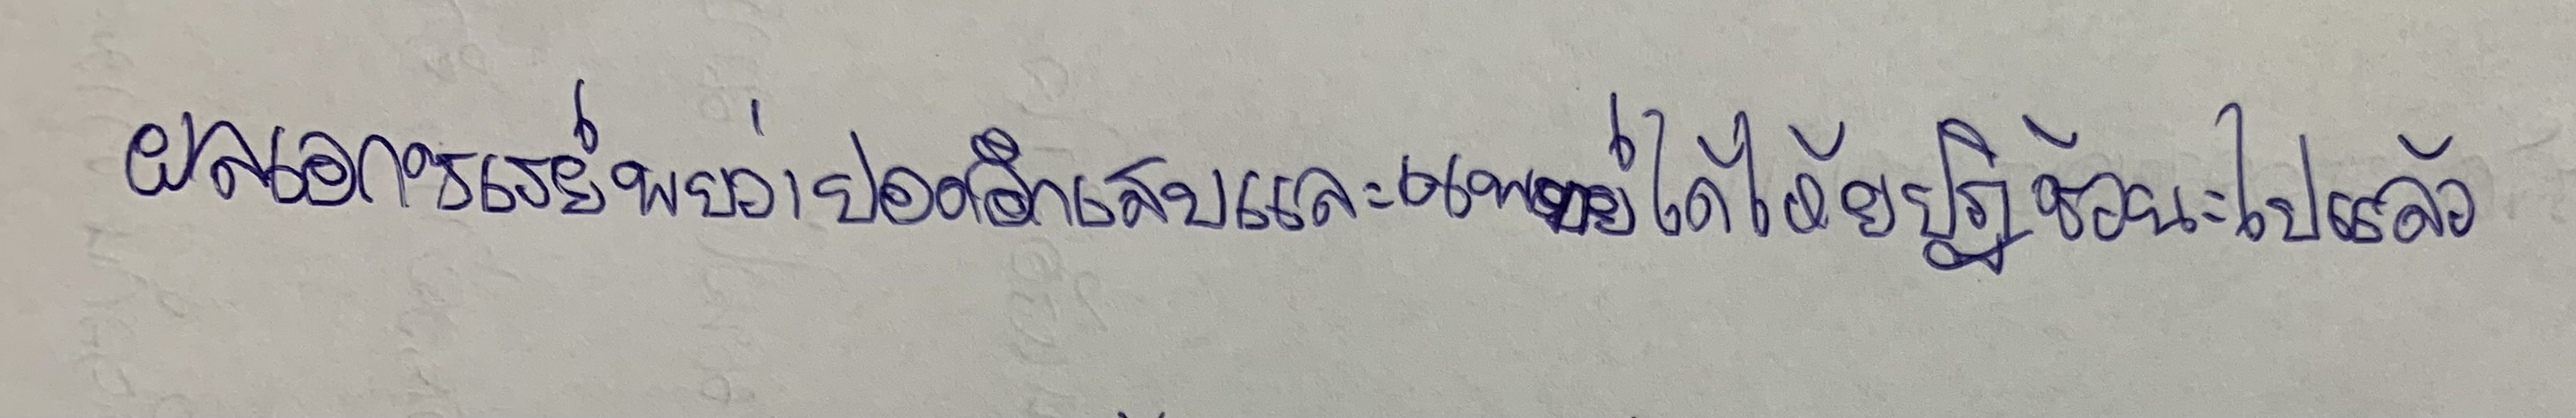
ผลเอกซเรย์พบว่าปอดอักเสบและแพทย์ได้ให้ยาปฏิชีวนะไปแล้ว